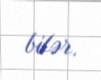
bilər.